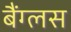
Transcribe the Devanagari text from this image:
बैंग्लस